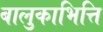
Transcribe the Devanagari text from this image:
बालुकाभित्ति